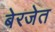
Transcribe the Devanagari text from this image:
बेरजेत